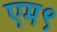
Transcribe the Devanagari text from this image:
एम९